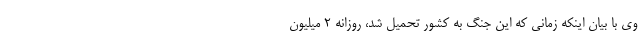
وی با بیان اینکه زمانی که این جنگ به کشور تحمیل شد، روزانه ۲ میلیون